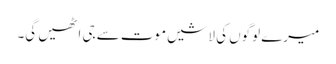
میرے لوگوں کی لاشیں موت سے جی اٹھیں گی۔